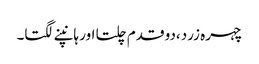
چہرہ زرد،دو قدم چلتا اور ہانپنے لگتا۔